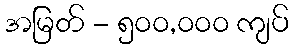
အမြတ် - ၅၀၀,၀၀၀ ကျပ်